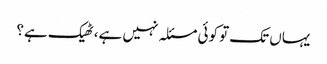
یہاں تک تو کوئی مسئلہ نہیں ہے، ٹھیک ہے؟